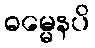
ဓမ္မေနပိ